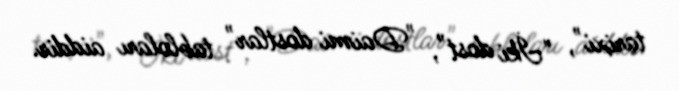
tarixi", "İki dost", "Daimi dostlar" tabloları aiddir.